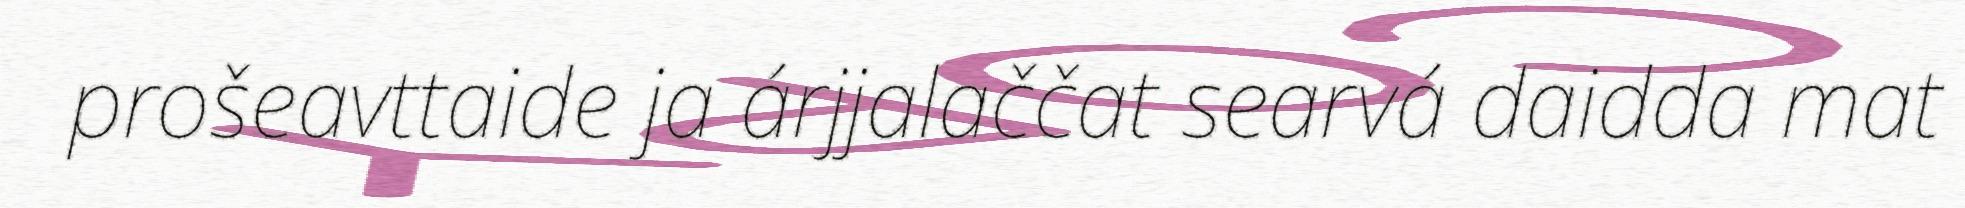
prošeavttaide ja árjjalaččat searvá daidda mat